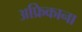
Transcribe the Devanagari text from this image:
अफ्रिकाना